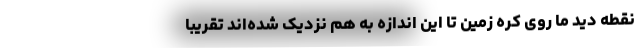
نقطه دید ما روی کره زمین تا این اندازه به هم نزدیک شده‌اند تقریباً